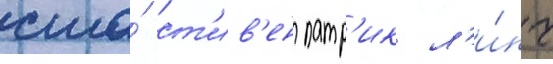
сша́ ст'ив'ен патр'ик л'и́нч